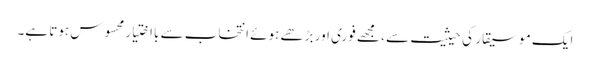
ایک موسیقار کی حیثیت سے ، مجھے فوری اور بڑھے ہوئے انتخاب سے بااختیار محسوس ہوتا ہے۔